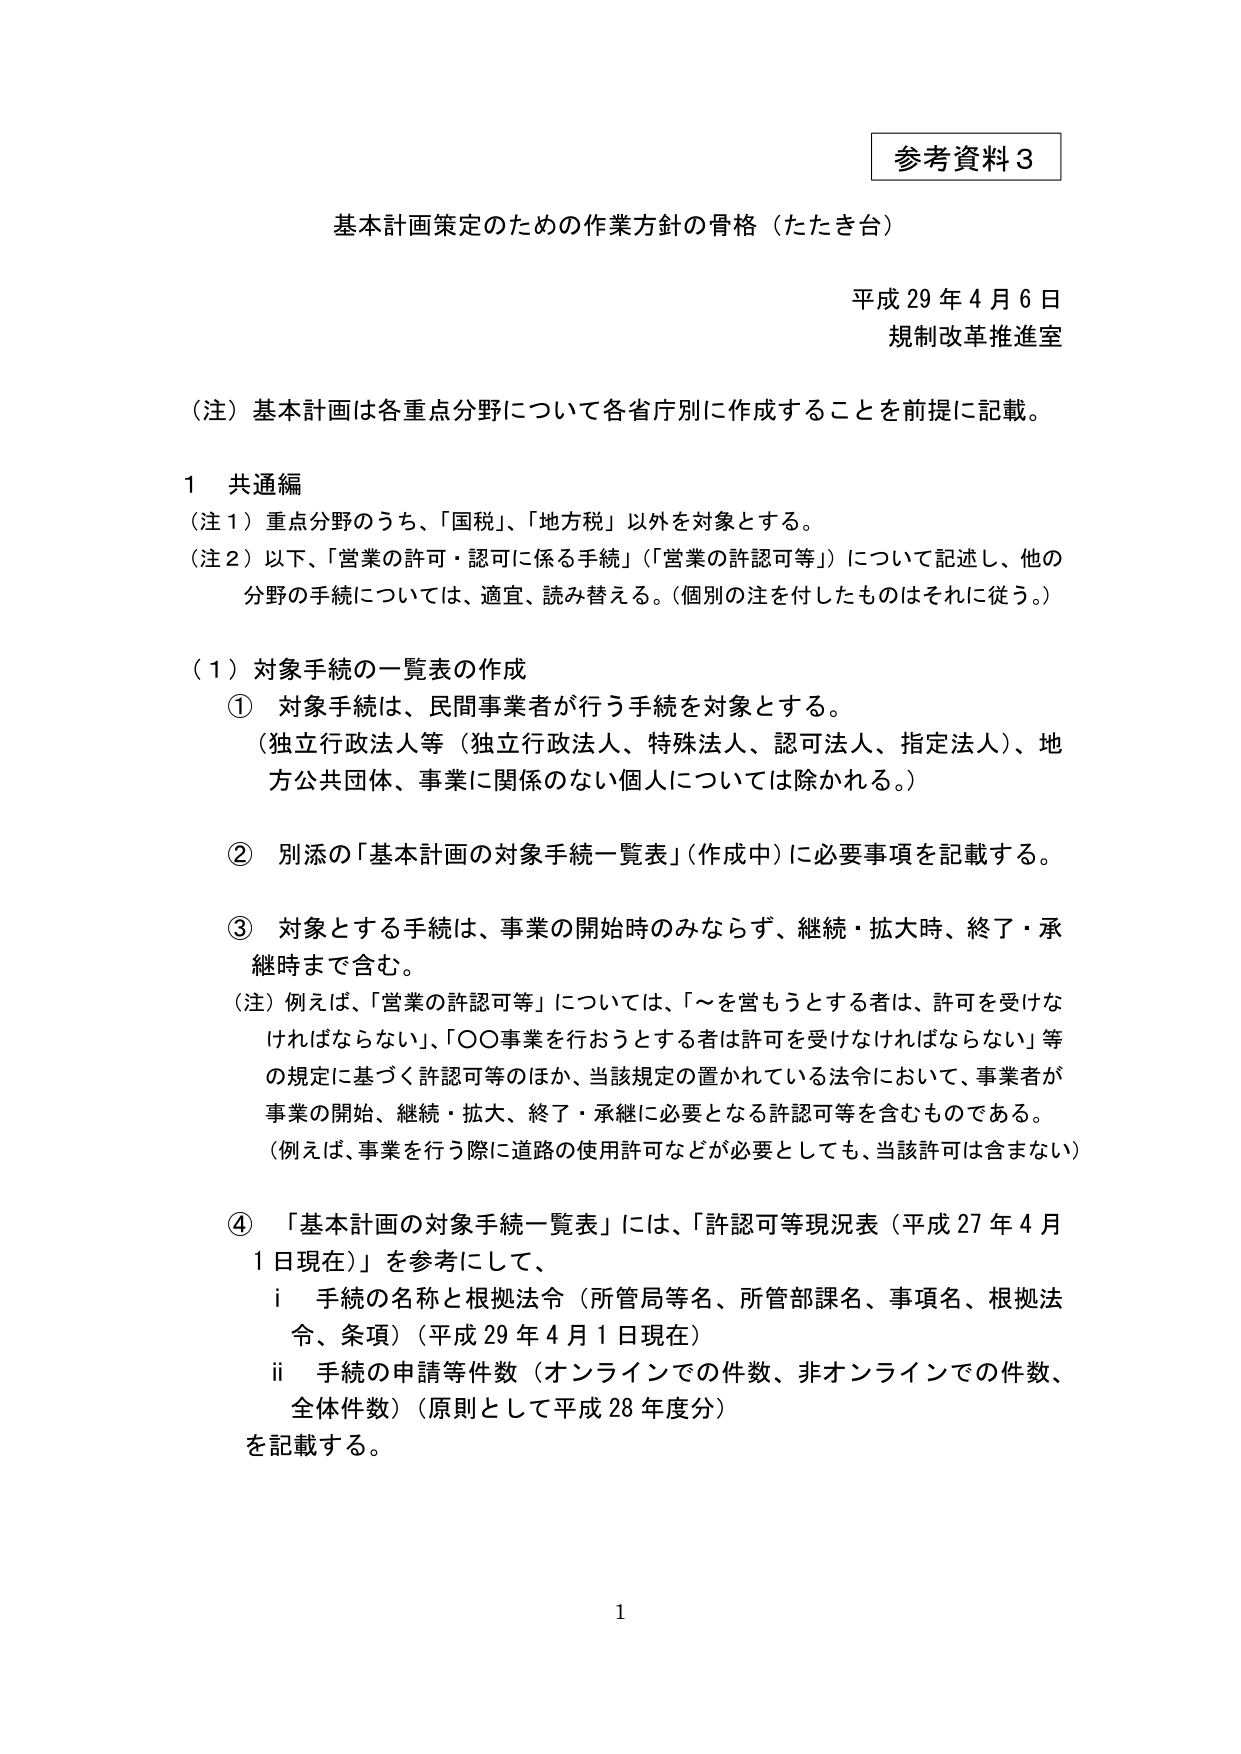
参考資料３

基本計画策定のための作業方針の骨格（たたき台）

平成29年4月6日
規制改革推進室

（注）基本計画は各重点分野について各省庁別に作成することを前提に記載。

１ 共通編

（注１）重点分野のうち、「国税」、「地方税」以外を対象とする。
（注２）以下、「営業の許可・認可に係る手続」（「営業の許認可等」）について記述し、他の分野の手続については、適宜、読み替える。（個別の注を付したものはそれに従う。）

（１）対象手続の一覧表の作成

① 対象手続は、民間事業者が行う手続を対象とする。
（独立行政法人等（独立行政法人、特殊法人、認可法人、指定法人）、地方公共団体、事業に関係のない個人については除かれる。）

② 別添の「基本計画の対象手続一覧表」（作成中）に必要事項を記載する。

③ 対象とする手続は、事業の開始時のみならず、継続・拡大時、終了・承継時まで含む。
（注）例えば、「営業の許認可等」については、「～を営もうとする者は、許可を受けなければならない」、「○○事業を行おうとする者は許可を受けなければならない」等の規定に基づく許認可等のほか、当該規定の置かれている法令において、事業者が事業の開始、継続・拡大、終了・承継に必要となる許認可等を含むものである。
（例えば、事業を行う際に道路の使用許可などが必要としても、当該許可は含まない）

④ 「基本計画の対象手続一覧表」には、「許認可等現況表（平成27年4月1日現在）」を参考にして、
　i 手続の名称と根拠法令（所管局等名、所管部課名、事項名、根拠法令、条項）（平成29年4月1日現在）
　ii 手続の申請等件数（オンラインでの件数、非オンラインでの件数、全体件数）（原則として平成28年度分）
を記載する。

1